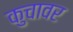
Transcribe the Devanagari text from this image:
कुचावर